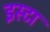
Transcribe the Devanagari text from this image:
इस्टा